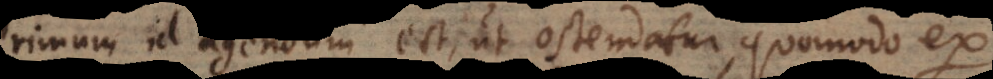
rimum id agendum est, ut ostendatur, quomodo ex